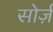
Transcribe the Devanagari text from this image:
सोर्ज़